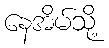
နေအိမ်သို့